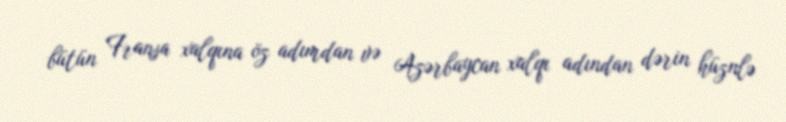
bütün Fransa xalqına öz adımdan və Azərbaycan xalqı adından dərin hüznlə